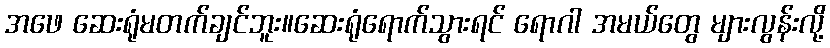
အဖေ ဆေးရုံမတက်ချင်ဘူး။ဆေးရုံရောက်သွားရင် ရောဂါ အမယ်တွေ များလွန်းလို့